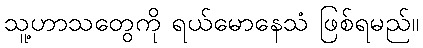
သူ့ဟာသတွေကို ရယ်မောနေသံ ဖြစ်ရမည်။